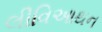
લીવિઆથન